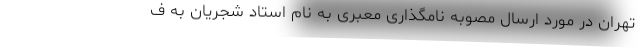
تهران در مورد ارسال مصوبه نامگذاری معبری به نام استاد شجریان به ف